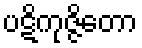
ပဋိကုဇ္ဇိတော